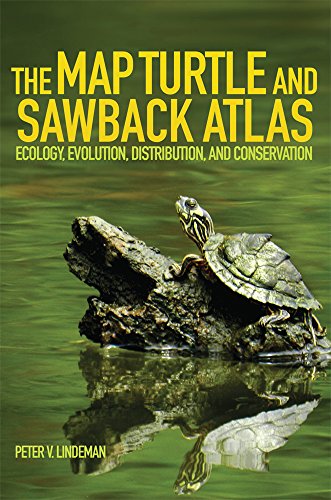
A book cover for The Map Turtle and Sawback Atlas: Ecology, Evolution, Distribution, and Conservation (Animal Natural History Series); Peter V. Lindeman; Crafts, Hobbies & Home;